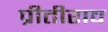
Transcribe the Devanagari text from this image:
प्रीतीराव